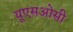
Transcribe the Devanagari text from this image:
यूएसओसी